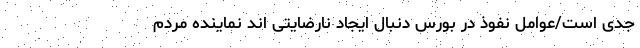
جدی است/عوامل نفوذ در بورس دنبال ایجاد نارضایتی اند نماینده مردم